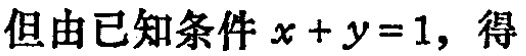
但由已知条件 \(x + y = 1\)，得